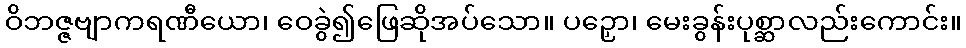
ဝိဘဇ္ဇဗျာကရဏီယော၊ ဝေခွဲ၍ဖြေဆိုအပ်သော။ ပဉှော၊ မေးခွန်းပုစ္ဆာလည်းကောင်း။